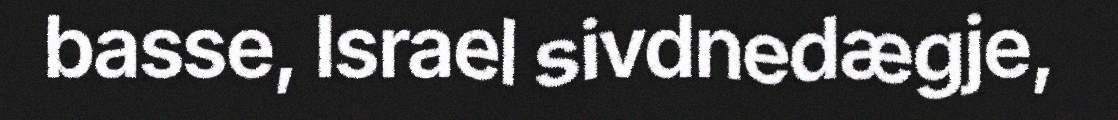
basse, Israel sivdnedægje,